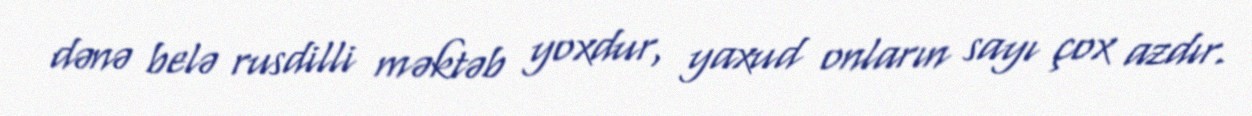
dənə belə rusdilli məktəb yoxdur, yaxud onların sayı çox azdır.